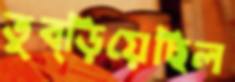
তুব্‌ড়িয়েছিল